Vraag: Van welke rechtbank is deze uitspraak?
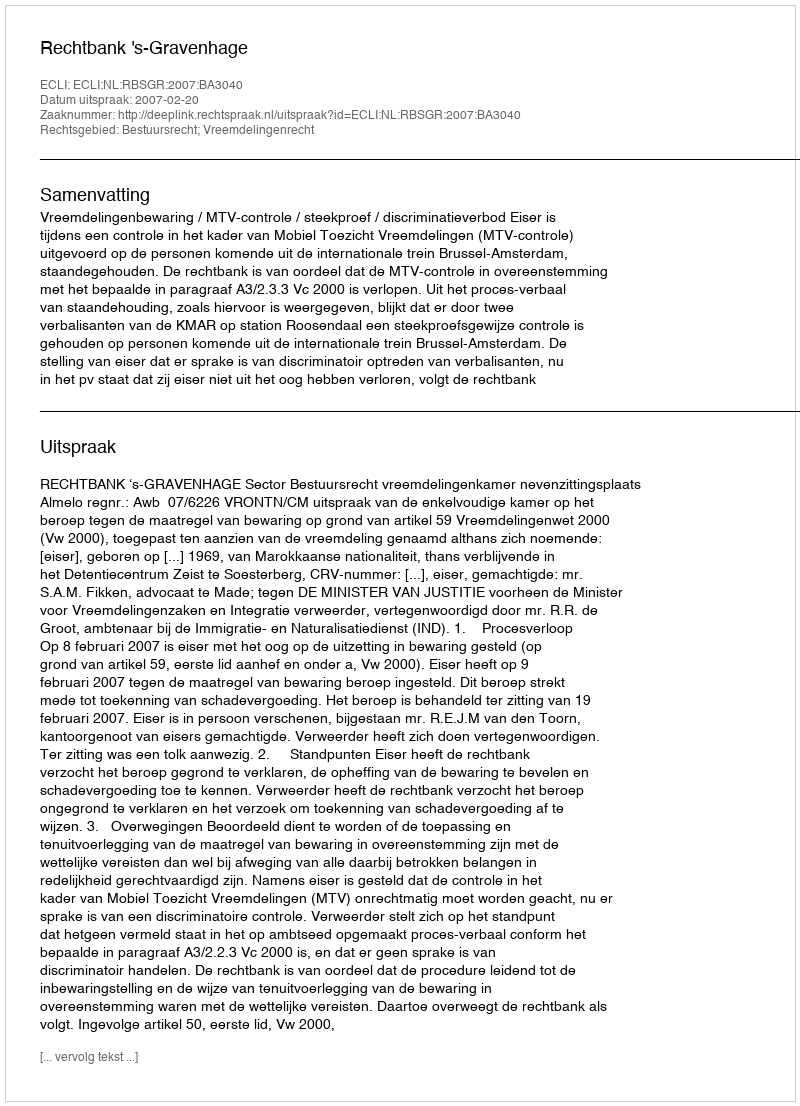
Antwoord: Rechtbank 's-Gravenhage